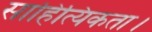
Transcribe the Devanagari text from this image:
साहित्यिकता।